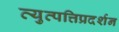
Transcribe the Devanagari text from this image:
व्युत्पत्तिप्रदर्शन